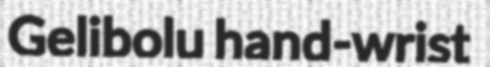
Gelibolu hand-wrist